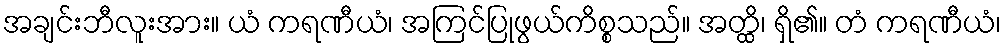
အချင်းဘီလူးအား။ ယံ ကရဏီယံ၊ အကြင်ပြုဖွယ်ကိစ္စသည်။ အတ္ထိ၊ ရှိ၏။ တံ ကရဏီယံ၊